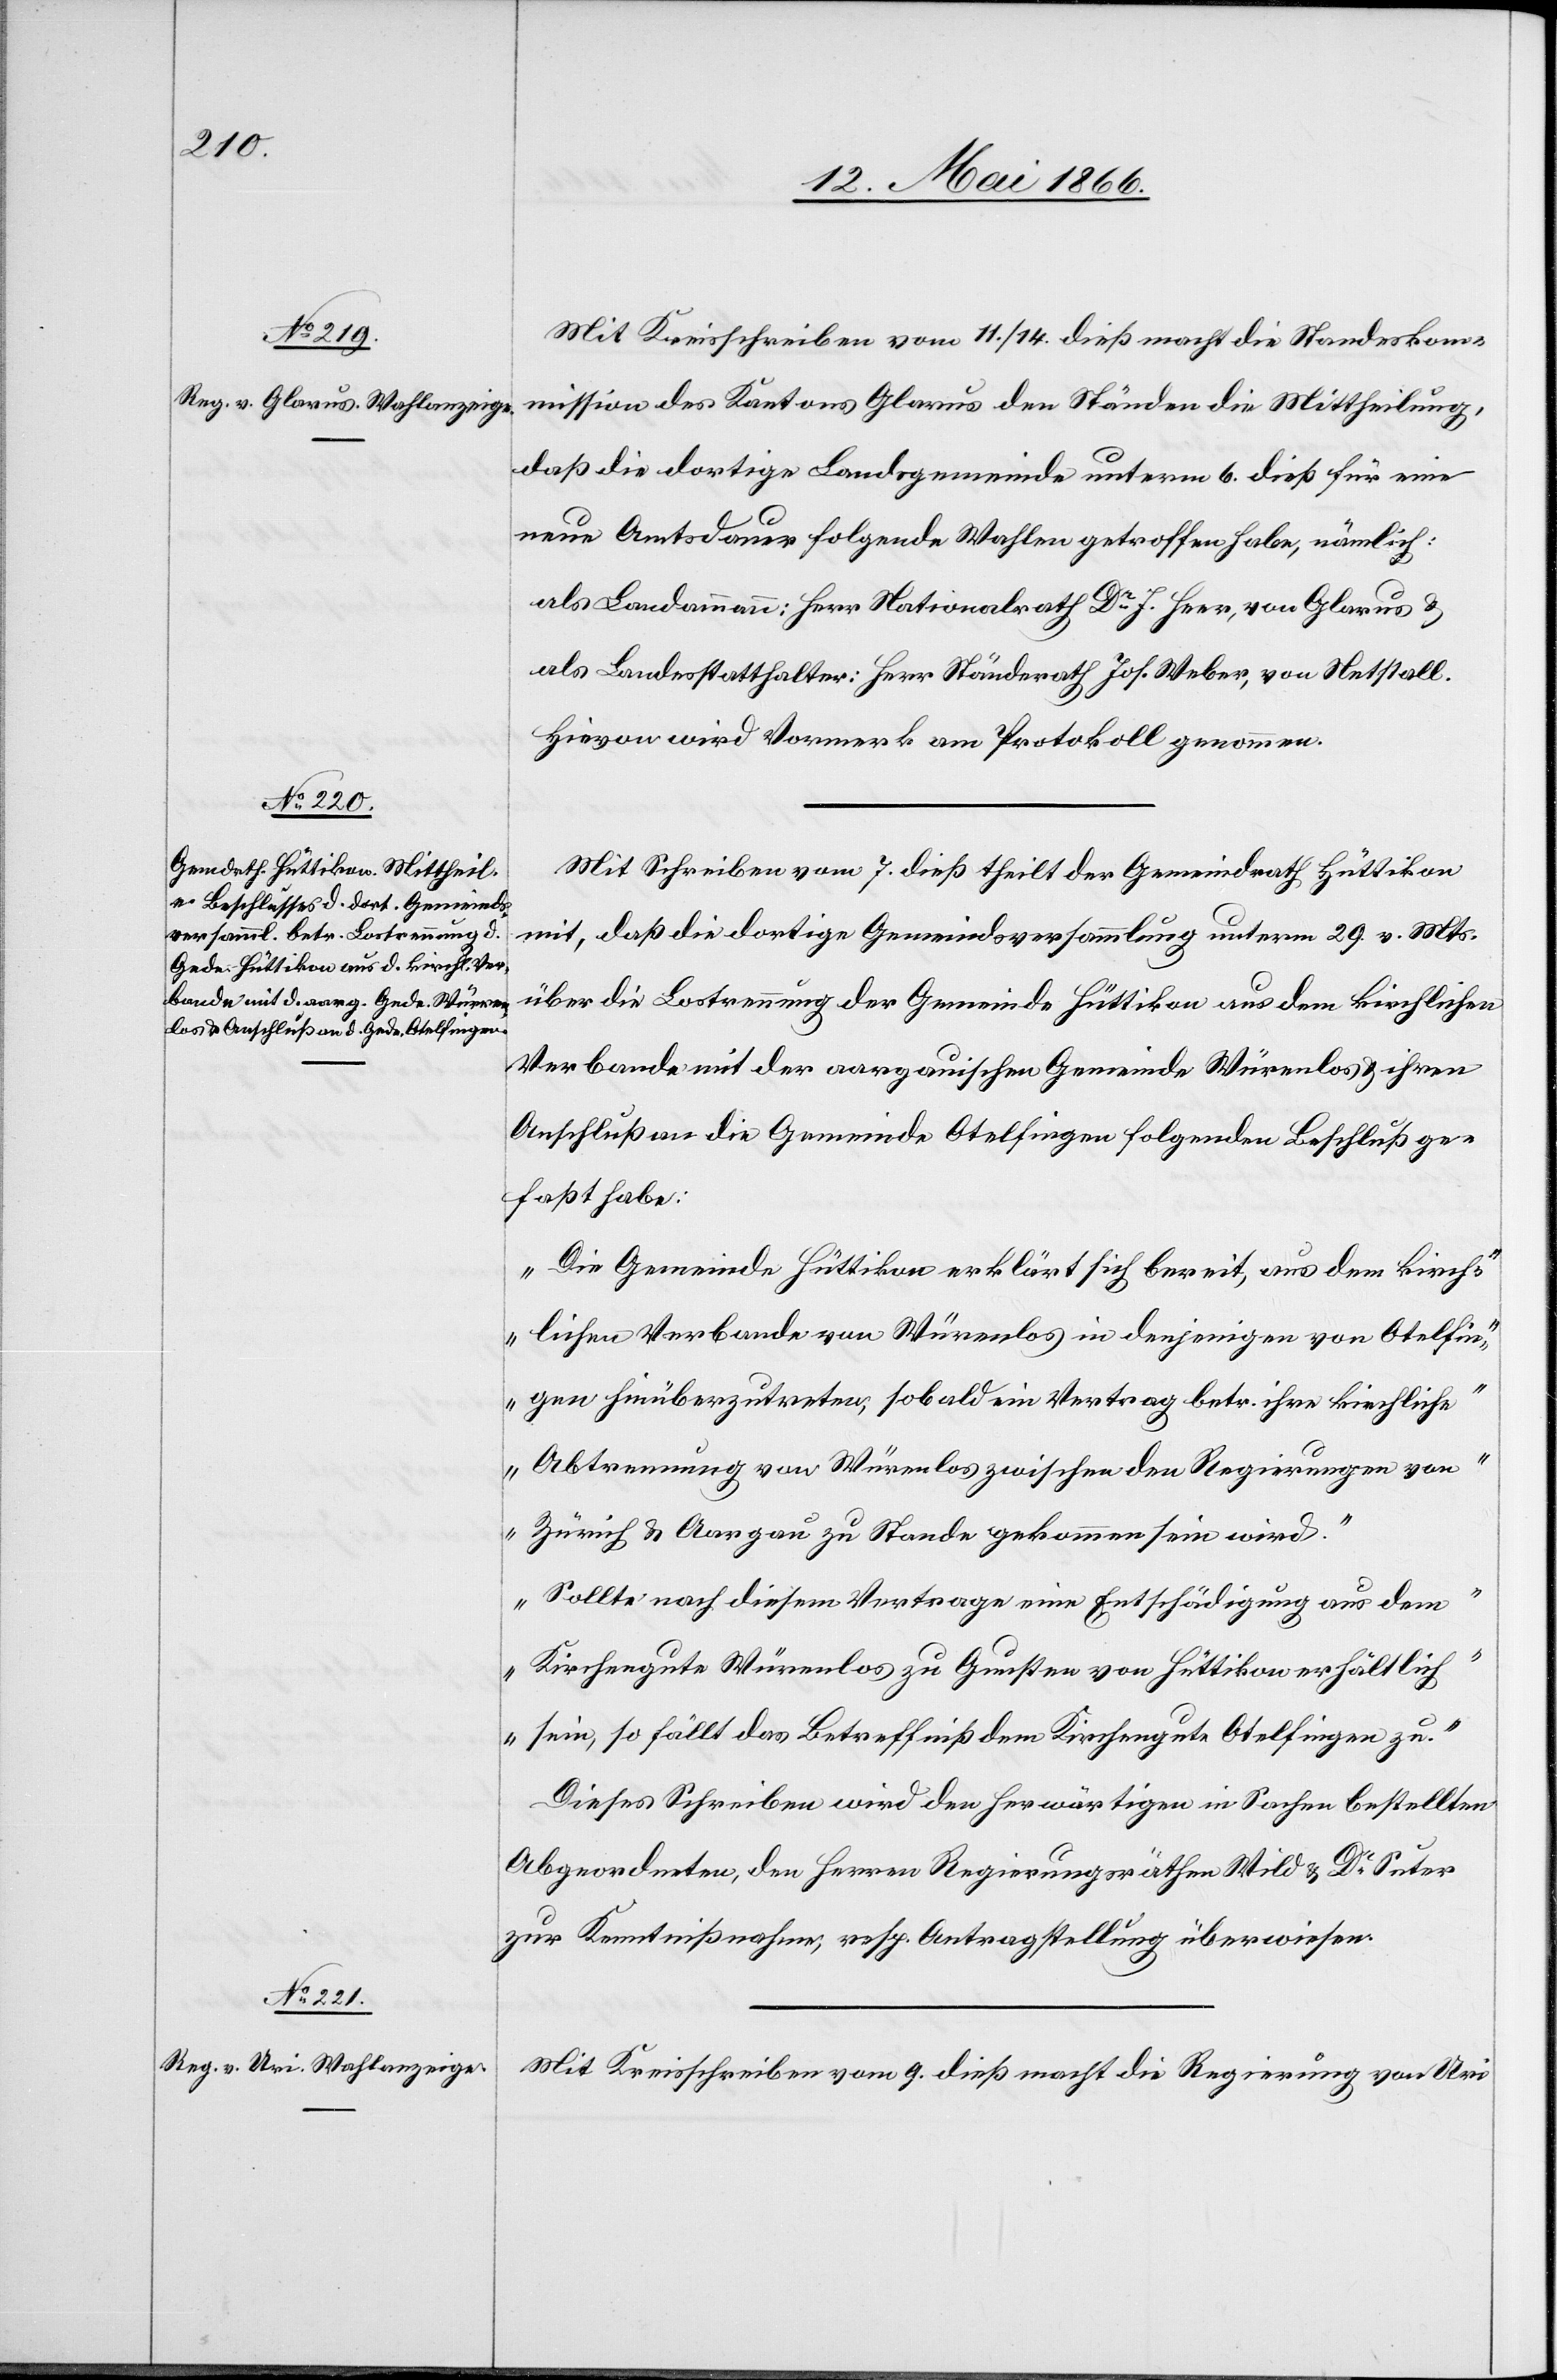
15. Mai 1866.]
Mit Kreisschreiben vom 11./14. dieß macht die Standeskom¬
mission des Kantons Glarus den Ständen die Mittheilung,
daß die dortige Landsgemeinde unterm 6. dieß für eine
neue Amtsperiode folgende Wahlen getroffen habe, nämlich:
als Landammann: Herr Nationalrath Dr. J. Heer, von Glarus u.
als Landesstatthalter: Herr Ständerath Joh. Weber, von Netstall.
Hievon wird Vormerk am Protokoll genommen.
Mit Schreiben vom 7. dieß theilt der Gemeindrath Hüttikon
mit, daß die dortige Gemeindsversammlung unterm 29. v. Mts.
über die Lostrennung der Gemeinde Hüttikon aus dem kirchlichen
Verbunde mit der aargauischen Gemeinde Würenlos u. ihren
Anschluß an die Gemeinde Otelfingen folgenden Beschluß ge¬
faßt habe:
„Die Gemeinde Hüttikon erklärt sich bereit, aus dem kirch¬
lichen Verbunde von Würenlos in denjenigen von Otelfin¬
gen hinüberzutreten, sobald ein Vertrag betr. ihre kirchliche
Abtrennung von Würenlos zu Stande gekommen sein wird.
Sollte nach diesem Vertrage eine Entschädigung aus dem
Kirchengute Würenlos zu Gunsten von Hüttikon erhältlich
sein, so fällt das Betreffniß dem Kirchengute Otelfingen zu.“
Dieses Schreiben wird den herwärtigen in Sachen bestellten
Abgeordneten, den Herren Regierungsräthen Wild u. Dr. Suter
zur Kenntnißnahme, resp. Antragstellung überwiesen.
Mit Kreisschreiben vom 9. dieß macht die Regierung von Uri